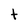
Character: t